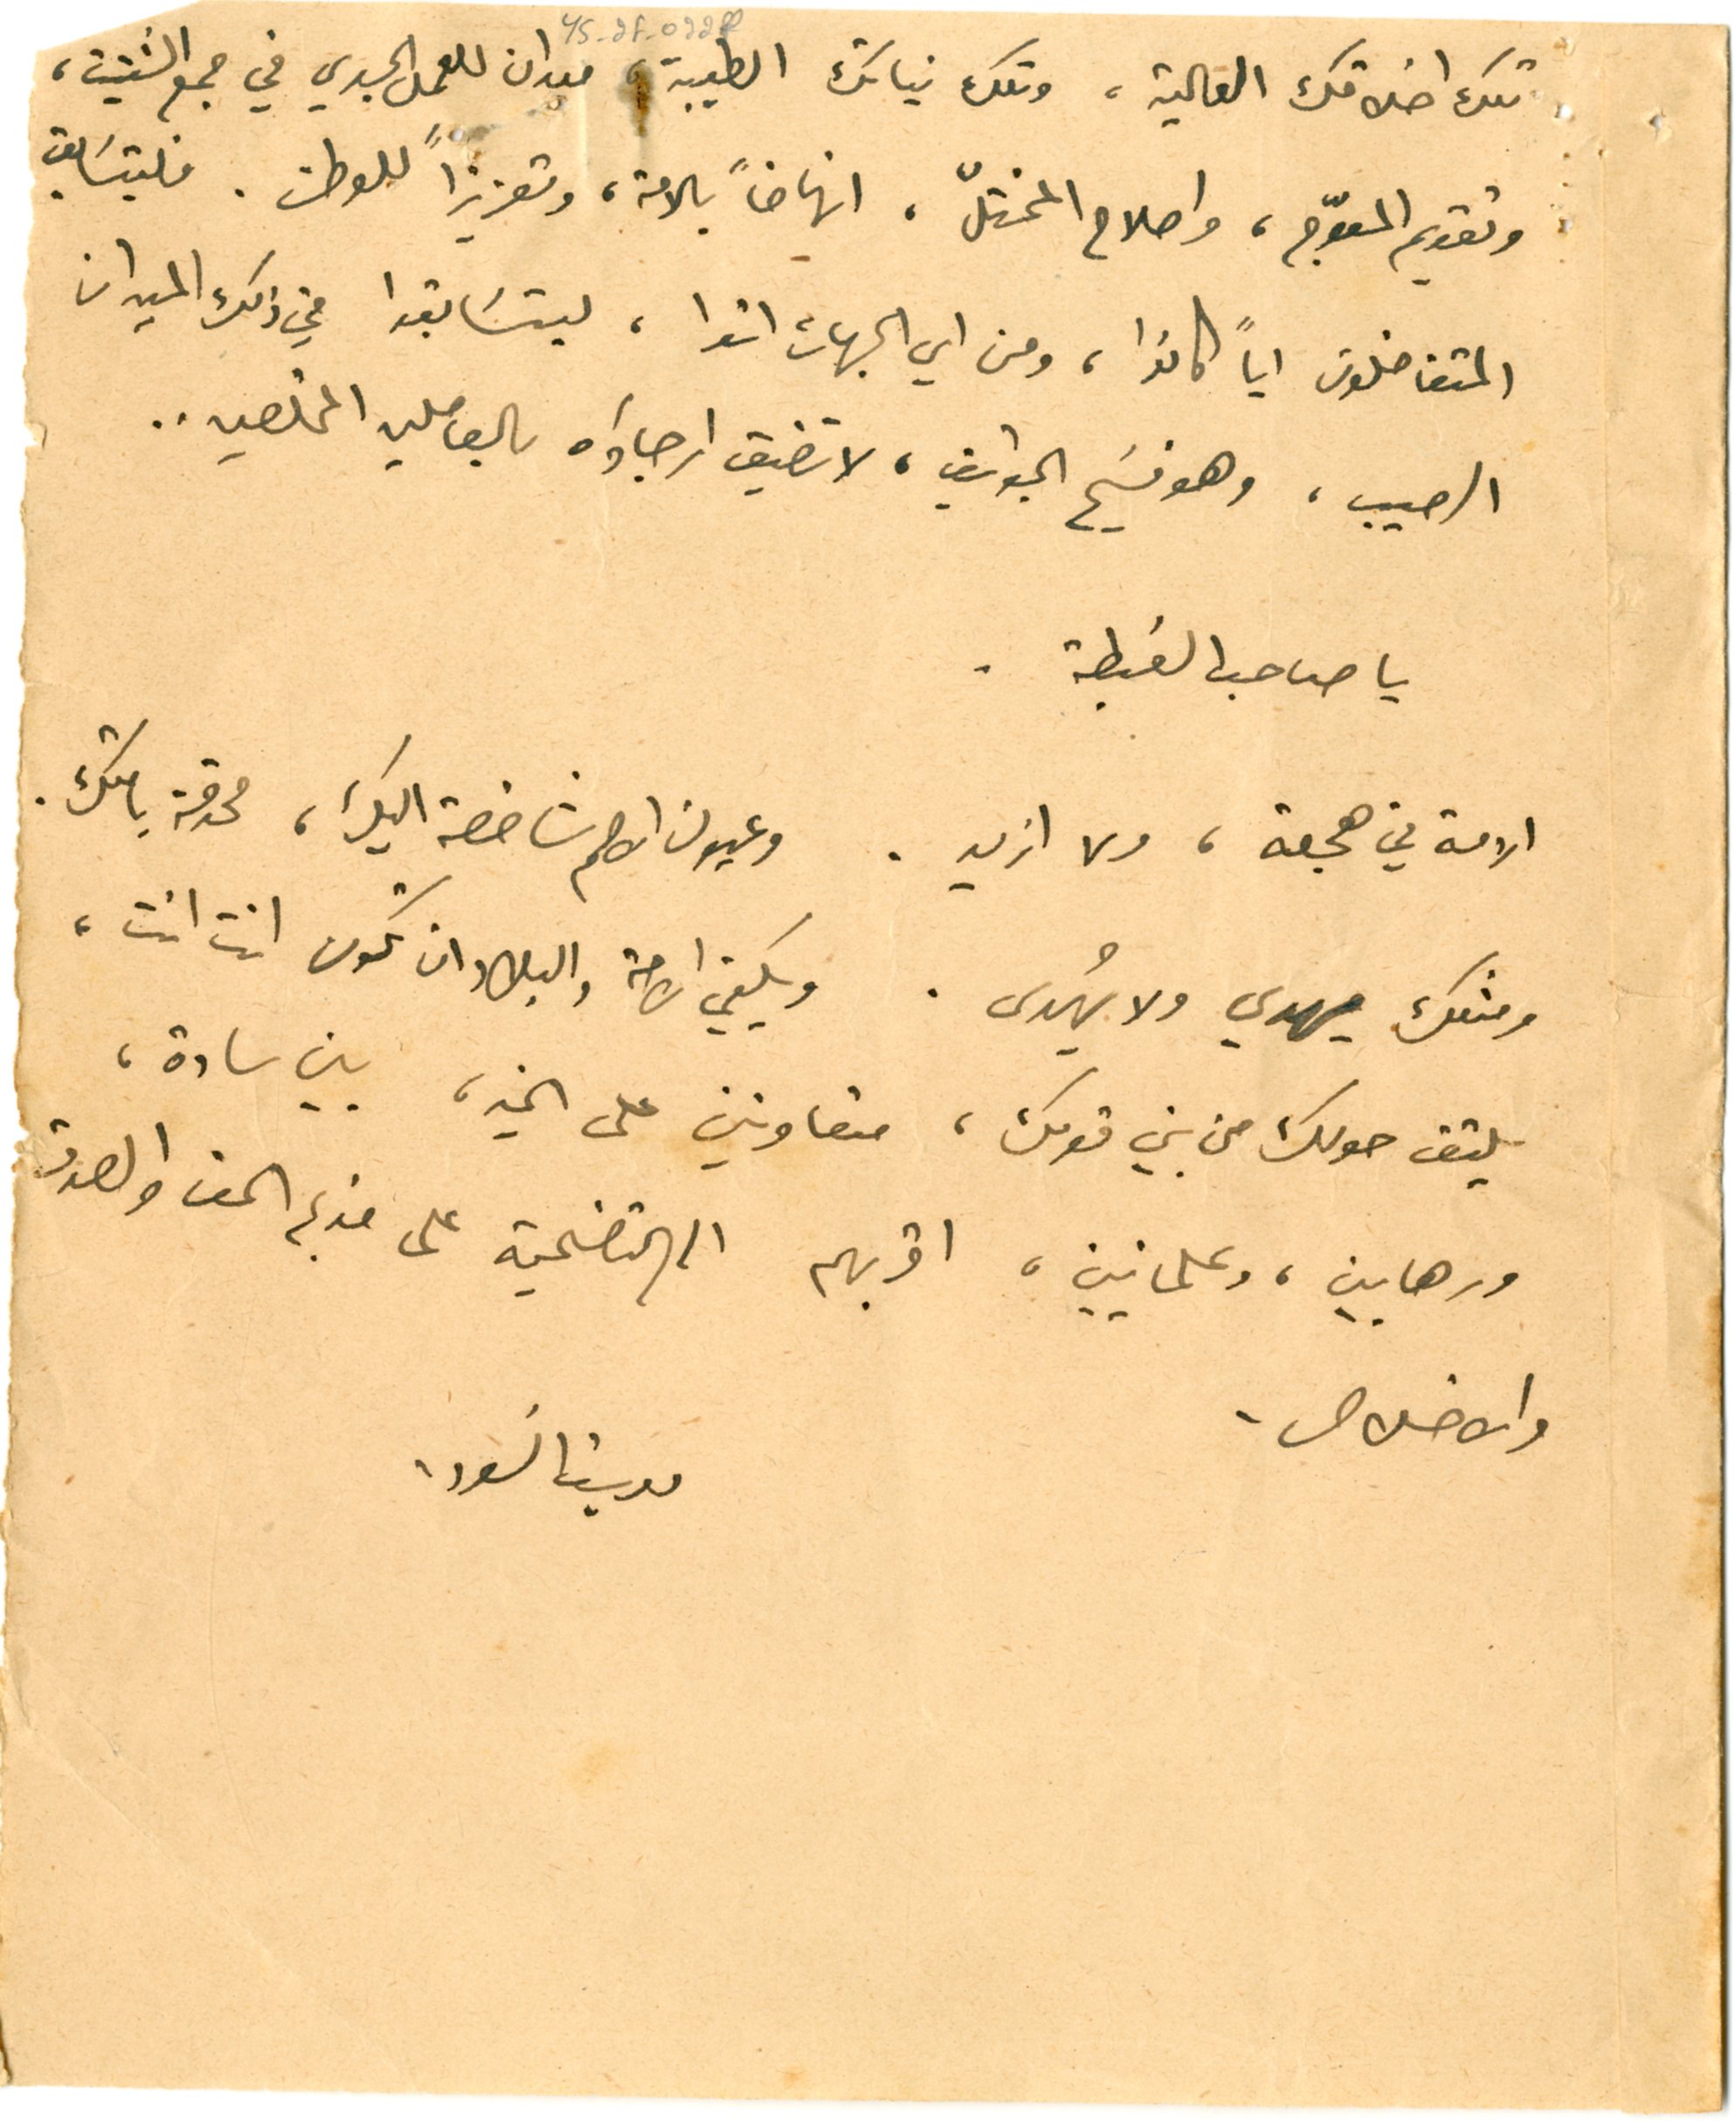
YS_2F_022f
تلك اخلاقك العَالية، وتلك نياتك الطيبة ميدان للعمل الجدي في جمع الشتيت،
وتقويم المعوّج، واصلاح المختلّ، انهاضاً بالامة، وتعزيزاً للوطن. فليتسَابق
المتفاضلون اياً كانوا، ومن اي الجهات اتوا، ليتسَابقوا في ذلك الميدان
الرحيب، وهو فسَيح الجوانب، لا تضيق ارجاؤه بالعاملين المخلصين..
يا صاحب الغبطة.
الامة في هجعة، ولا ازيد. وعيون الامم شاخصة اليك، محدقة بامتك.
ومثلك يهدي ولا يُهدى. ويكفي الامة والبلاد ان تكون انت انت،
يلتف حولك من بني قومك، متعاونين على الخير، بين سادة،
ورهابين، وعلمانيين، اقربهم الى التضحية على قديم الحق والصوت
والاخلاص.			يوسف السَودا